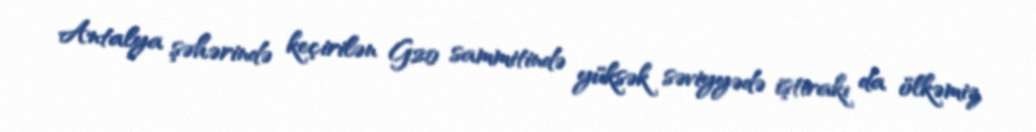
Antalya şəhərində keçirilən G20 sammitində yüksək səviyyədə iştirakı da ölkəmiz